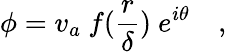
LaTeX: \phi=v_{a}~f({\frac{r}{\delta}})~e^{i\theta}~~~\ ,